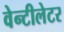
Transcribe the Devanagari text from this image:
वेन्टीलेटर